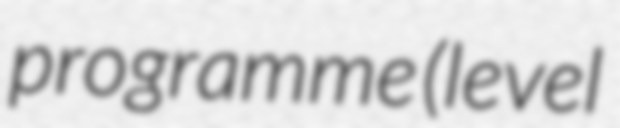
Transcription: programme (level